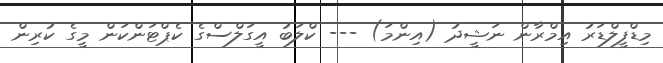
މިޑްފީލްޑަރު އިމްރާން ނަޝީދު (އިންމަ) --- ކްލަބު އީގަލްސްގެ ކެޕްޓަންކަން މީގެ ކުރިން